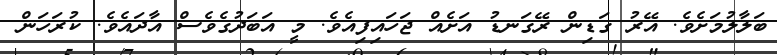
ބަލާލުމަށެވެ. އޭރު ގަޑިން ރޭގަނޑު އަށެއް ޖަހައިފިއެވެ. މީ އަބަދުގެވެސް އާދައެވެ. ކުރަހަން